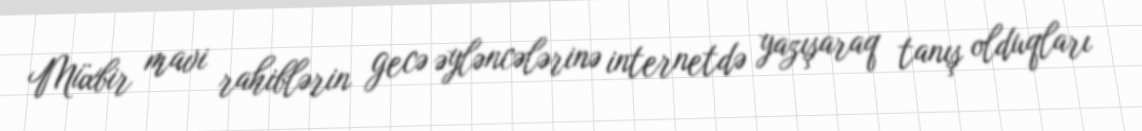
Müxbir mavi rahiblərin gecə əyləncələrinə internetdə yazışaraq tanış olduqları